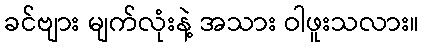
ခင်ဗျား မျက်လုံးနဲ့ အသား ဝါဖူးသလား။